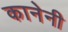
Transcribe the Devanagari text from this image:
कानेनी